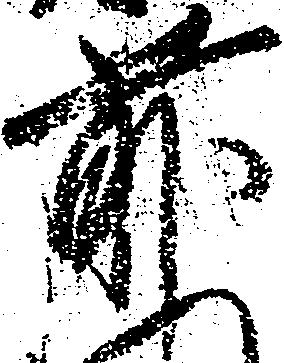
前